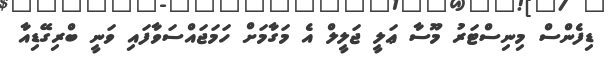
ޑިފެންސް މިނިސްޓަރު މޫސާ ޢަލީ ޖަލީލް އެ މަގާމަށް ހަމަޖައްސަވާފައި ވަނީ ބްރިގޭޑިއާ